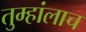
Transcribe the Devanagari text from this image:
तुम्हांलाच